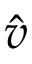
\hat { v }